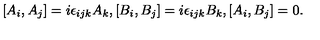
[ A _ { i } , A _ { j } ] = i \epsilon _ { i j k } A _ { k } , [ B _ { i } , B _ { j } ] = i \epsilon _ { i j k } B _ { k } , [ A _ { i } , B _ { j } ] = 0 .